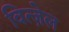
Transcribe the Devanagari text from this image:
वित्ज़ेल